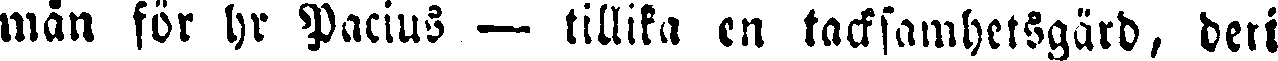
mån för hr Pacius — tillika en tacksamhetsgärd, deri